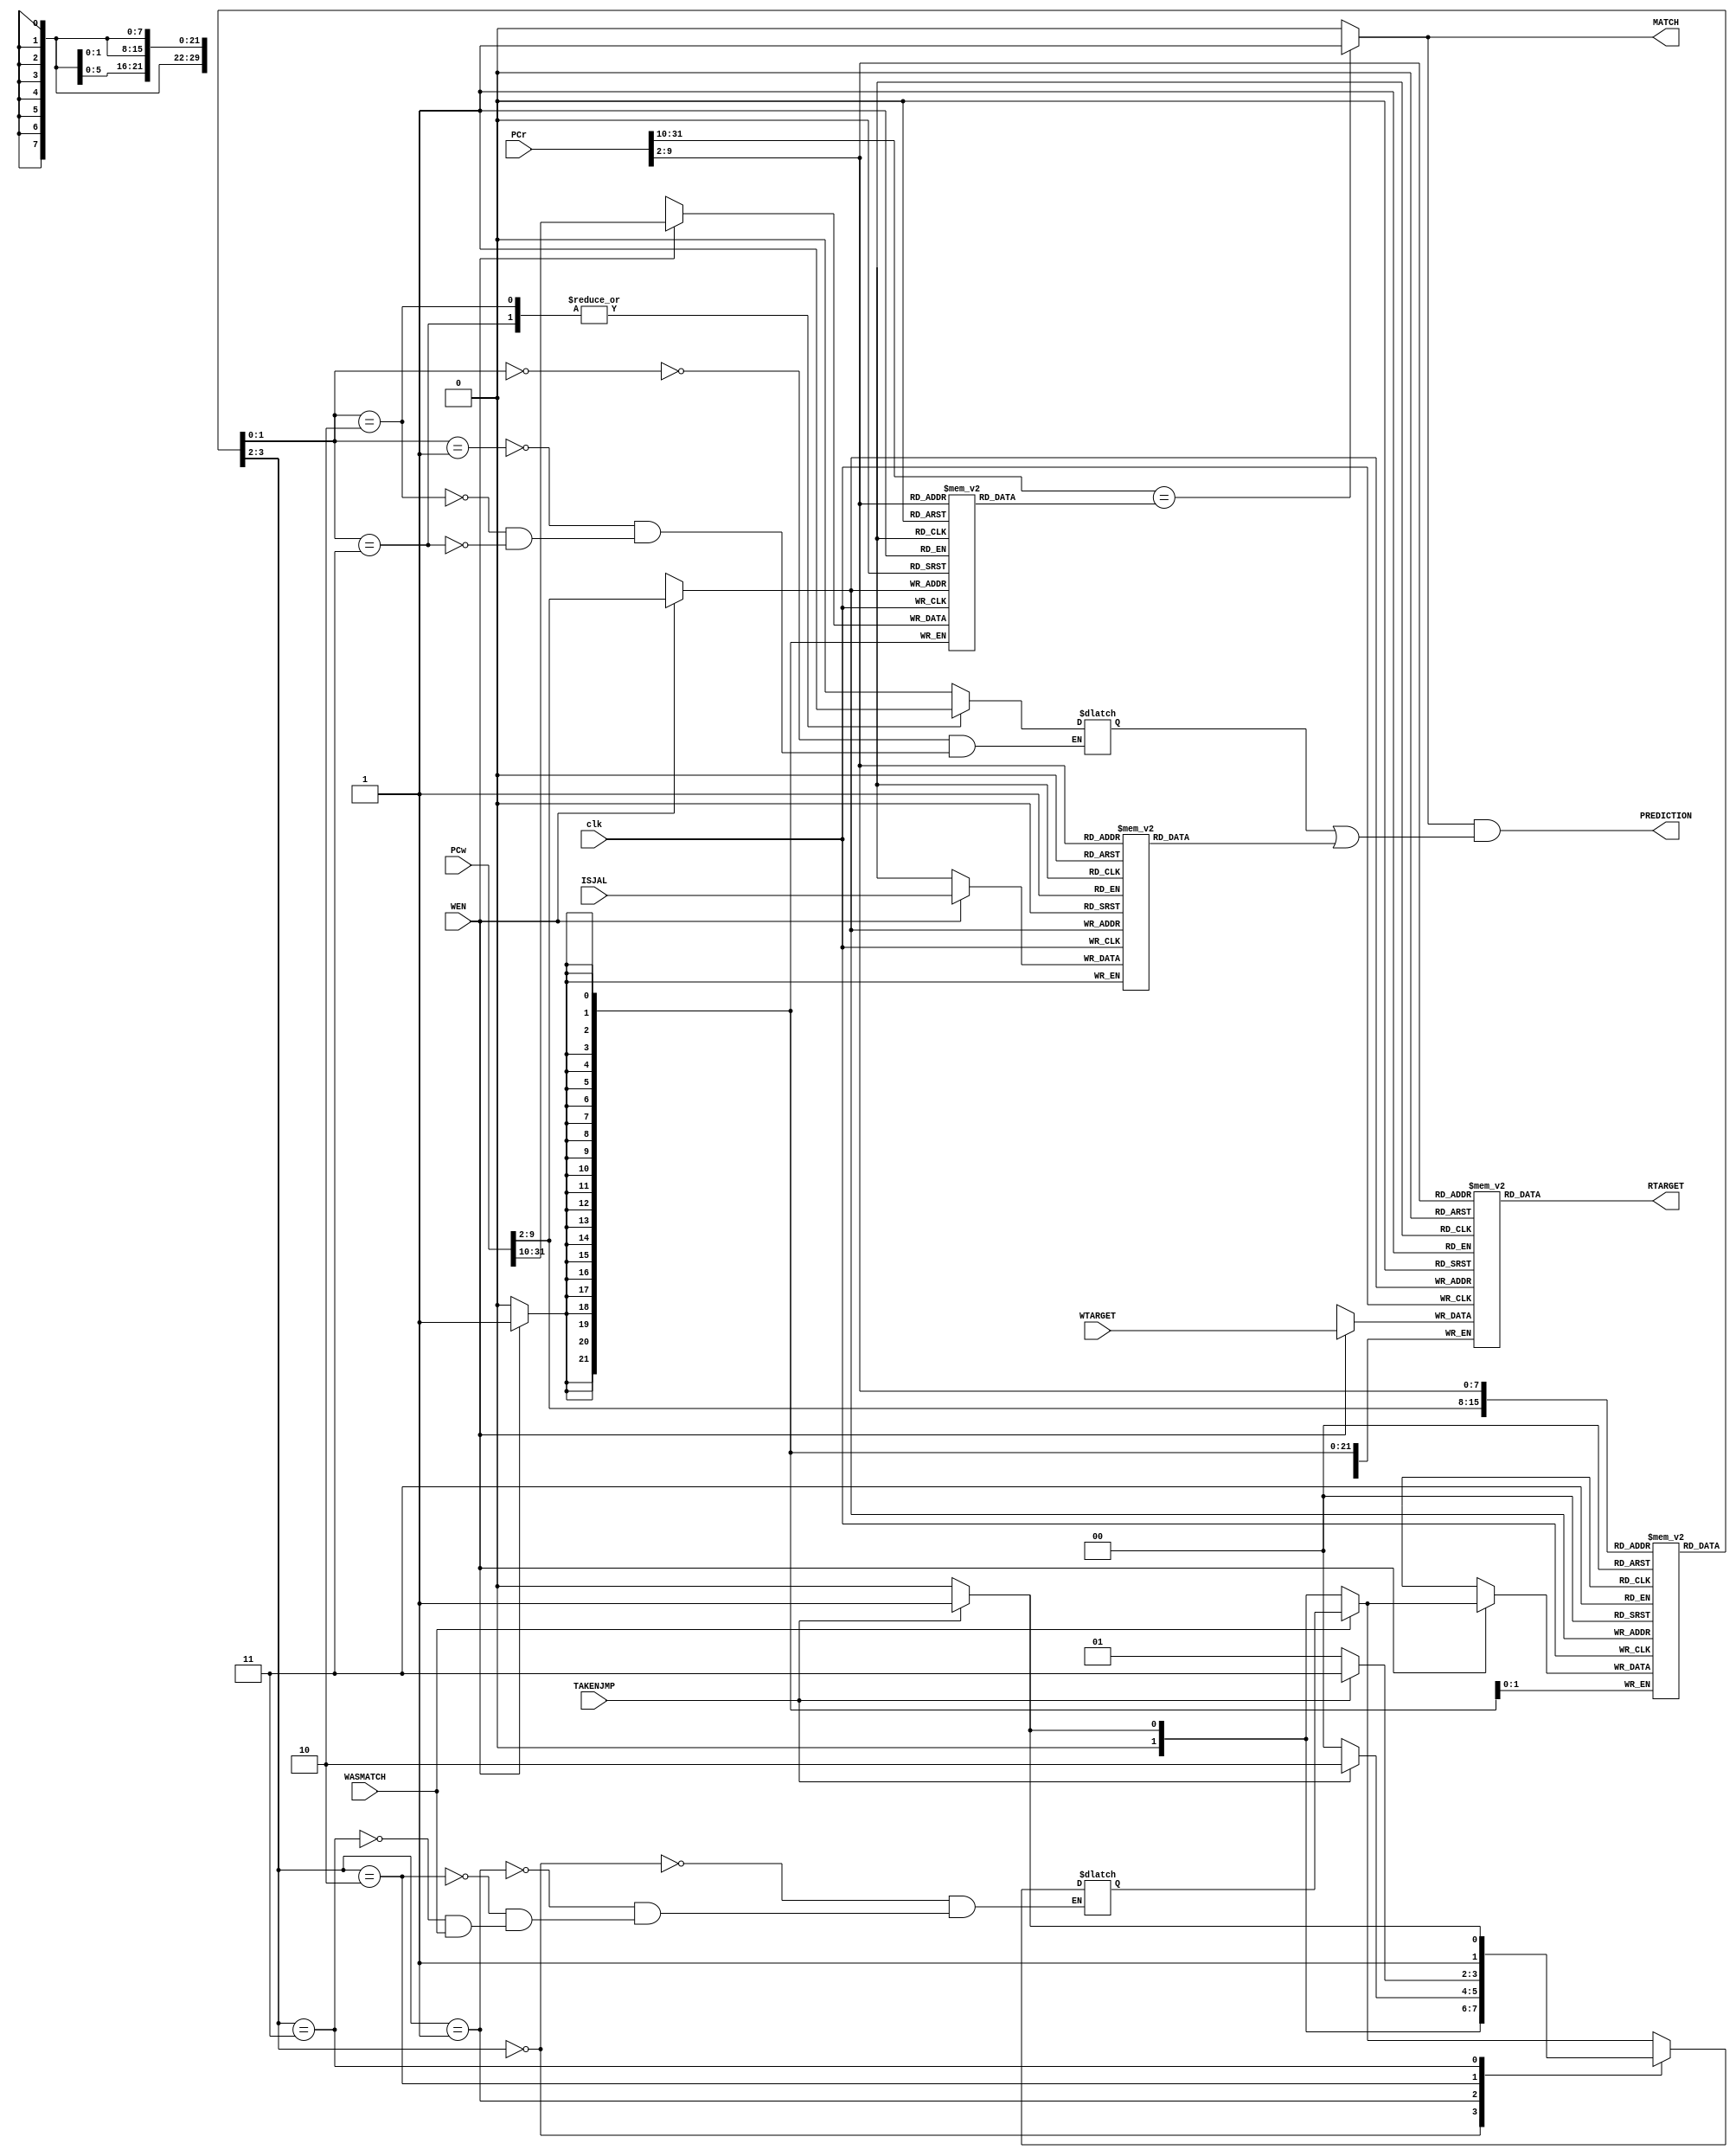
/* Generated by Yosys 0.9+3624 (git sha1 UNKNOWN, clang 7.0.1-8+deb10u2 -fPIC -Os) */

module BranchPredictor(clk, ISJAL, WEN, TAKENJMP, WASMATCH, PCr, PCw, WTARGET, RTARGET, PREDICTION, MATCH);
  wire _00_;
  wire [1:0] _01_;
  wire _02_;
  wire [1:0] _03_;
  wire _04_;
  wire [1:0] _05_;
  wire _06_;
  wire [1:0] _07_;
  wire _08_;
  wire [1:0] _09_;
  wire [1:0] _10_;
  wire _11_;
  wire [7679:0] _12_;
  wire [29:0] _13_;
  wire [5631:0] _14_;
  wire [21:0] _15_;
  wire [511:0] _16_;
  wire [1:0] _17_;
  wire [511:0] _18_;
  wire [1:0] _19_;
  wire [255:0] _20_;
  wire _21_;
  wire _22_;
  wire _23_;
  wire _24_;
  wire _25_;
  input ISJAL;
  output MATCH;
  input [31:0] PCr;
  input [31:0] PCw;
  output PREDICTION;
  output [29:0] RTARGET;
  input TAKENJMP;
  input WASMATCH;
  input WEN;
  input [29:0] WTARGET;
  input clk;
  wire [1:0] nextstate;
  wire \predictbranch.vprediction ;
  wire smatch;
  wire spredict;
  reg [29:0] \$mem$\103  [255:0];
  reg [21:0] \$mem$\106  [255:0];
  reg [1:0] \$mem$\110  [255:0];
  reg [0:0] \$mem$\115  [255:0];
  reg [29:0] \103  [255:0];
  always @(posedge clk) begin
    if (WEN) \103 [PCw[9:2]] <= WTARGET;
  end
  assign _13_ = \103 [PCr[9:2]];
  reg [21:0] \106  [255:0];
  always @(posedge clk) begin
    if (WEN) \106 [PCw[9:2]] <= PCw[31:10];
  end
  assign _15_ = \106 [PCr[9:2]];
  reg [1:0] \110  [255:0];
  initial begin
    \110 [0] = 2'h0;
    \110 [1] = 2'h0;
    \110 [2] = 2'h0;
    \110 [3] = 2'h0;
    \110 [4] = 2'h0;
    \110 [5] = 2'h0;
    \110 [6] = 2'h0;
    \110 [7] = 2'h0;
    \110 [8] = 2'h0;
    \110 [9] = 2'h0;
    \110 [10] = 2'h0;
    \110 [11] = 2'h0;
    \110 [12] = 2'h0;
    \110 [13] = 2'h0;
    \110 [14] = 2'h0;
    \110 [15] = 2'h0;
    \110 [16] = 2'h0;
    \110 [17] = 2'h0;
    \110 [18] = 2'h0;
    \110 [19] = 2'h0;
    \110 [20] = 2'h0;
    \110 [21] = 2'h0;
    \110 [22] = 2'h0;
    \110 [23] = 2'h0;
    \110 [24] = 2'h0;
    \110 [25] = 2'h0;
    \110 [26] = 2'h0;
    \110 [27] = 2'h0;
    \110 [28] = 2'h0;
    \110 [29] = 2'h0;
    \110 [30] = 2'h0;
    \110 [31] = 2'h0;
    \110 [32] = 2'h0;
    \110 [33] = 2'h0;
    \110 [34] = 2'h0;
    \110 [35] = 2'h0;
    \110 [36] = 2'h0;
    \110 [37] = 2'h0;
    \110 [38] = 2'h0;
    \110 [39] = 2'h0;
    \110 [40] = 2'h0;
    \110 [41] = 2'h0;
    \110 [42] = 2'h0;
    \110 [43] = 2'h0;
    \110 [44] = 2'h0;
    \110 [45] = 2'h0;
    \110 [46] = 2'h0;
    \110 [47] = 2'h0;
    \110 [48] = 2'h0;
    \110 [49] = 2'h0;
    \110 [50] = 2'h0;
    \110 [51] = 2'h0;
    \110 [52] = 2'h0;
    \110 [53] = 2'h0;
    \110 [54] = 2'h0;
    \110 [55] = 2'h0;
    \110 [56] = 2'h0;
    \110 [57] = 2'h0;
    \110 [58] = 2'h0;
    \110 [59] = 2'h0;
    \110 [60] = 2'h0;
    \110 [61] = 2'h0;
    \110 [62] = 2'h0;
    \110 [63] = 2'h0;
    \110 [64] = 2'h0;
    \110 [65] = 2'h0;
    \110 [66] = 2'h0;
    \110 [67] = 2'h0;
    \110 [68] = 2'h0;
    \110 [69] = 2'h0;
    \110 [70] = 2'h0;
    \110 [71] = 2'h0;
    \110 [72] = 2'h0;
    \110 [73] = 2'h0;
    \110 [74] = 2'h0;
    \110 [75] = 2'h0;
    \110 [76] = 2'h0;
    \110 [77] = 2'h0;
    \110 [78] = 2'h0;
    \110 [79] = 2'h0;
    \110 [80] = 2'h0;
    \110 [81] = 2'h0;
    \110 [82] = 2'h0;
    \110 [83] = 2'h0;
    \110 [84] = 2'h0;
    \110 [85] = 2'h0;
    \110 [86] = 2'h0;
    \110 [87] = 2'h0;
    \110 [88] = 2'h0;
    \110 [89] = 2'h0;
    \110 [90] = 2'h0;
    \110 [91] = 2'h0;
    \110 [92] = 2'h0;
    \110 [93] = 2'h0;
    \110 [94] = 2'h0;
    \110 [95] = 2'h0;
    \110 [96] = 2'h0;
    \110 [97] = 2'h0;
    \110 [98] = 2'h0;
    \110 [99] = 2'h0;
    \110 [100] = 2'h0;
    \110 [101] = 2'h0;
    \110 [102] = 2'h0;
    \110 [103] = 2'h0;
    \110 [104] = 2'h0;
    \110 [105] = 2'h0;
    \110 [106] = 2'h0;
    \110 [107] = 2'h0;
    \110 [108] = 2'h0;
    \110 [109] = 2'h0;
    \110 [110] = 2'h0;
    \110 [111] = 2'h0;
    \110 [112] = 2'h0;
    \110 [113] = 2'h0;
    \110 [114] = 2'h0;
    \110 [115] = 2'h0;
    \110 [116] = 2'h0;
    \110 [117] = 2'h0;
    \110 [118] = 2'h0;
    \110 [119] = 2'h0;
    \110 [120] = 2'h0;
    \110 [121] = 2'h0;
    \110 [122] = 2'h0;
    \110 [123] = 2'h0;
    \110 [124] = 2'h0;
    \110 [125] = 2'h0;
    \110 [126] = 2'h0;
    \110 [127] = 2'h0;
    \110 [128] = 2'h0;
    \110 [129] = 2'h0;
    \110 [130] = 2'h0;
    \110 [131] = 2'h0;
    \110 [132] = 2'h0;
    \110 [133] = 2'h0;
    \110 [134] = 2'h0;
    \110 [135] = 2'h0;
    \110 [136] = 2'h0;
    \110 [137] = 2'h0;
    \110 [138] = 2'h0;
    \110 [139] = 2'h0;
    \110 [140] = 2'h0;
    \110 [141] = 2'h0;
    \110 [142] = 2'h0;
    \110 [143] = 2'h0;
    \110 [144] = 2'h0;
    \110 [145] = 2'h0;
    \110 [146] = 2'h0;
    \110 [147] = 2'h0;
    \110 [148] = 2'h0;
    \110 [149] = 2'h0;
    \110 [150] = 2'h0;
    \110 [151] = 2'h0;
    \110 [152] = 2'h0;
    \110 [153] = 2'h0;
    \110 [154] = 2'h0;
    \110 [155] = 2'h0;
    \110 [156] = 2'h0;
    \110 [157] = 2'h0;
    \110 [158] = 2'h0;
    \110 [159] = 2'h0;
    \110 [160] = 2'h0;
    \110 [161] = 2'h0;
    \110 [162] = 2'h0;
    \110 [163] = 2'h0;
    \110 [164] = 2'h0;
    \110 [165] = 2'h0;
    \110 [166] = 2'h0;
    \110 [167] = 2'h0;
    \110 [168] = 2'h0;
    \110 [169] = 2'h0;
    \110 [170] = 2'h0;
    \110 [171] = 2'h0;
    \110 [172] = 2'h0;
    \110 [173] = 2'h0;
    \110 [174] = 2'h0;
    \110 [175] = 2'h0;
    \110 [176] = 2'h0;
    \110 [177] = 2'h0;
    \110 [178] = 2'h0;
    \110 [179] = 2'h0;
    \110 [180] = 2'h0;
    \110 [181] = 2'h0;
    \110 [182] = 2'h0;
    \110 [183] = 2'h0;
    \110 [184] = 2'h0;
    \110 [185] = 2'h0;
    \110 [186] = 2'h0;
    \110 [187] = 2'h0;
    \110 [188] = 2'h0;
    \110 [189] = 2'h0;
    \110 [190] = 2'h0;
    \110 [191] = 2'h0;
    \110 [192] = 2'h0;
    \110 [193] = 2'h0;
    \110 [194] = 2'h0;
    \110 [195] = 2'h0;
    \110 [196] = 2'h0;
    \110 [197] = 2'h0;
    \110 [198] = 2'h0;
    \110 [199] = 2'h0;
    \110 [200] = 2'h0;
    \110 [201] = 2'h0;
    \110 [202] = 2'h0;
    \110 [203] = 2'h0;
    \110 [204] = 2'h0;
    \110 [205] = 2'h0;
    \110 [206] = 2'h0;
    \110 [207] = 2'h0;
    \110 [208] = 2'h0;
    \110 [209] = 2'h0;
    \110 [210] = 2'h0;
    \110 [211] = 2'h0;
    \110 [212] = 2'h0;
    \110 [213] = 2'h0;
    \110 [214] = 2'h0;
    \110 [215] = 2'h0;
    \110 [216] = 2'h0;
    \110 [217] = 2'h0;
    \110 [218] = 2'h0;
    \110 [219] = 2'h0;
    \110 [220] = 2'h0;
    \110 [221] = 2'h0;
    \110 [222] = 2'h0;
    \110 [223] = 2'h0;
    \110 [224] = 2'h0;
    \110 [225] = 2'h0;
    \110 [226] = 2'h0;
    \110 [227] = 2'h0;
    \110 [228] = 2'h0;
    \110 [229] = 2'h0;
    \110 [230] = 2'h0;
    \110 [231] = 2'h0;
    \110 [232] = 2'h0;
    \110 [233] = 2'h0;
    \110 [234] = 2'h0;
    \110 [235] = 2'h0;
    \110 [236] = 2'h0;
    \110 [237] = 2'h0;
    \110 [238] = 2'h0;
    \110 [239] = 2'h0;
    \110 [240] = 2'h0;
    \110 [241] = 2'h0;
    \110 [242] = 2'h0;
    \110 [243] = 2'h0;
    \110 [244] = 2'h0;
    \110 [245] = 2'h0;
    \110 [246] = 2'h0;
    \110 [247] = 2'h0;
    \110 [248] = 2'h0;
    \110 [249] = 2'h0;
    \110 [250] = 2'h0;
    \110 [251] = 2'h0;
    \110 [252] = 2'h0;
    \110 [253] = 2'h0;
    \110 [254] = 2'h0;
    \110 [255] = 2'h0;
  end
  always @(posedge clk) begin
    if (WEN) \110 [PCw[9:2]] <= nextstate;
  end
  assign _17_ = \110 [PCw[9:2]];
  assign _19_ = \110 [PCr[9:2]];
  reg [0:0] \115  [255:0];
  initial begin
    \115 [0] = 1'h0;
    \115 [1] = 1'h0;
    \115 [2] = 1'h0;
    \115 [3] = 1'h0;
    \115 [4] = 1'h0;
    \115 [5] = 1'h0;
    \115 [6] = 1'h0;
    \115 [7] = 1'h0;
    \115 [8] = 1'h0;
    \115 [9] = 1'h0;
    \115 [10] = 1'h0;
    \115 [11] = 1'h0;
    \115 [12] = 1'h0;
    \115 [13] = 1'h0;
    \115 [14] = 1'h0;
    \115 [15] = 1'h0;
    \115 [16] = 1'h0;
    \115 [17] = 1'h0;
    \115 [18] = 1'h0;
    \115 [19] = 1'h0;
    \115 [20] = 1'h0;
    \115 [21] = 1'h0;
    \115 [22] = 1'h0;
    \115 [23] = 1'h0;
    \115 [24] = 1'h0;
    \115 [25] = 1'h0;
    \115 [26] = 1'h0;
    \115 [27] = 1'h0;
    \115 [28] = 1'h0;
    \115 [29] = 1'h0;
    \115 [30] = 1'h0;
    \115 [31] = 1'h0;
    \115 [32] = 1'h0;
    \115 [33] = 1'h0;
    \115 [34] = 1'h0;
    \115 [35] = 1'h0;
    \115 [36] = 1'h0;
    \115 [37] = 1'h0;
    \115 [38] = 1'h0;
    \115 [39] = 1'h0;
    \115 [40] = 1'h0;
    \115 [41] = 1'h0;
    \115 [42] = 1'h0;
    \115 [43] = 1'h0;
    \115 [44] = 1'h0;
    \115 [45] = 1'h0;
    \115 [46] = 1'h0;
    \115 [47] = 1'h0;
    \115 [48] = 1'h0;
    \115 [49] = 1'h0;
    \115 [50] = 1'h0;
    \115 [51] = 1'h0;
    \115 [52] = 1'h0;
    \115 [53] = 1'h0;
    \115 [54] = 1'h0;
    \115 [55] = 1'h0;
    \115 [56] = 1'h0;
    \115 [57] = 1'h0;
    \115 [58] = 1'h0;
    \115 [59] = 1'h0;
    \115 [60] = 1'h0;
    \115 [61] = 1'h0;
    \115 [62] = 1'h0;
    \115 [63] = 1'h0;
    \115 [64] = 1'h0;
    \115 [65] = 1'h0;
    \115 [66] = 1'h0;
    \115 [67] = 1'h0;
    \115 [68] = 1'h0;
    \115 [69] = 1'h0;
    \115 [70] = 1'h0;
    \115 [71] = 1'h0;
    \115 [72] = 1'h0;
    \115 [73] = 1'h0;
    \115 [74] = 1'h0;
    \115 [75] = 1'h0;
    \115 [76] = 1'h0;
    \115 [77] = 1'h0;
    \115 [78] = 1'h0;
    \115 [79] = 1'h0;
    \115 [80] = 1'h0;
    \115 [81] = 1'h0;
    \115 [82] = 1'h0;
    \115 [83] = 1'h0;
    \115 [84] = 1'h0;
    \115 [85] = 1'h0;
    \115 [86] = 1'h0;
    \115 [87] = 1'h0;
    \115 [88] = 1'h0;
    \115 [89] = 1'h0;
    \115 [90] = 1'h0;
    \115 [91] = 1'h0;
    \115 [92] = 1'h0;
    \115 [93] = 1'h0;
    \115 [94] = 1'h0;
    \115 [95] = 1'h0;
    \115 [96] = 1'h0;
    \115 [97] = 1'h0;
    \115 [98] = 1'h0;
    \115 [99] = 1'h0;
    \115 [100] = 1'h0;
    \115 [101] = 1'h0;
    \115 [102] = 1'h0;
    \115 [103] = 1'h0;
    \115 [104] = 1'h0;
    \115 [105] = 1'h0;
    \115 [106] = 1'h0;
    \115 [107] = 1'h0;
    \115 [108] = 1'h0;
    \115 [109] = 1'h0;
    \115 [110] = 1'h0;
    \115 [111] = 1'h0;
    \115 [112] = 1'h0;
    \115 [113] = 1'h0;
    \115 [114] = 1'h0;
    \115 [115] = 1'h0;
    \115 [116] = 1'h0;
    \115 [117] = 1'h0;
    \115 [118] = 1'h0;
    \115 [119] = 1'h0;
    \115 [120] = 1'h0;
    \115 [121] = 1'h0;
    \115 [122] = 1'h0;
    \115 [123] = 1'h0;
    \115 [124] = 1'h0;
    \115 [125] = 1'h0;
    \115 [126] = 1'h0;
    \115 [127] = 1'h0;
    \115 [128] = 1'h0;
    \115 [129] = 1'h0;
    \115 [130] = 1'h0;
    \115 [131] = 1'h0;
    \115 [132] = 1'h0;
    \115 [133] = 1'h0;
    \115 [134] = 1'h0;
    \115 [135] = 1'h0;
    \115 [136] = 1'h0;
    \115 [137] = 1'h0;
    \115 [138] = 1'h0;
    \115 [139] = 1'h0;
    \115 [140] = 1'h0;
    \115 [141] = 1'h0;
    \115 [142] = 1'h0;
    \115 [143] = 1'h0;
    \115 [144] = 1'h0;
    \115 [145] = 1'h0;
    \115 [146] = 1'h0;
    \115 [147] = 1'h0;
    \115 [148] = 1'h0;
    \115 [149] = 1'h0;
    \115 [150] = 1'h0;
    \115 [151] = 1'h0;
    \115 [152] = 1'h0;
    \115 [153] = 1'h0;
    \115 [154] = 1'h0;
    \115 [155] = 1'h0;
    \115 [156] = 1'h0;
    \115 [157] = 1'h0;
    \115 [158] = 1'h0;
    \115 [159] = 1'h0;
    \115 [160] = 1'h0;
    \115 [161] = 1'h0;
    \115 [162] = 1'h0;
    \115 [163] = 1'h0;
    \115 [164] = 1'h0;
    \115 [165] = 1'h0;
    \115 [166] = 1'h0;
    \115 [167] = 1'h0;
    \115 [168] = 1'h0;
    \115 [169] = 1'h0;
    \115 [170] = 1'h0;
    \115 [171] = 1'h0;
    \115 [172] = 1'h0;
    \115 [173] = 1'h0;
    \115 [174] = 1'h0;
    \115 [175] = 1'h0;
    \115 [176] = 1'h0;
    \115 [177] = 1'h0;
    \115 [178] = 1'h0;
    \115 [179] = 1'h0;
    \115 [180] = 1'h0;
    \115 [181] = 1'h0;
    \115 [182] = 1'h0;
    \115 [183] = 1'h0;
    \115 [184] = 1'h0;
    \115 [185] = 1'h0;
    \115 [186] = 1'h0;
    \115 [187] = 1'h0;
    \115 [188] = 1'h0;
    \115 [189] = 1'h0;
    \115 [190] = 1'h0;
    \115 [191] = 1'h0;
    \115 [192] = 1'h0;
    \115 [193] = 1'h0;
    \115 [194] = 1'h0;
    \115 [195] = 1'h0;
    \115 [196] = 1'h0;
    \115 [197] = 1'h0;
    \115 [198] = 1'h0;
    \115 [199] = 1'h0;
    \115 [200] = 1'h0;
    \115 [201] = 1'h0;
    \115 [202] = 1'h0;
    \115 [203] = 1'h0;
    \115 [204] = 1'h0;
    \115 [205] = 1'h0;
    \115 [206] = 1'h0;
    \115 [207] = 1'h0;
    \115 [208] = 1'h0;
    \115 [209] = 1'h0;
    \115 [210] = 1'h0;
    \115 [211] = 1'h0;
    \115 [212] = 1'h0;
    \115 [213] = 1'h0;
    \115 [214] = 1'h0;
    \115 [215] = 1'h0;
    \115 [216] = 1'h0;
    \115 [217] = 1'h0;
    \115 [218] = 1'h0;
    \115 [219] = 1'h0;
    \115 [220] = 1'h0;
    \115 [221] = 1'h0;
    \115 [222] = 1'h0;
    \115 [223] = 1'h0;
    \115 [224] = 1'h0;
    \115 [225] = 1'h0;
    \115 [226] = 1'h0;
    \115 [227] = 1'h0;
    \115 [228] = 1'h0;
    \115 [229] = 1'h0;
    \115 [230] = 1'h0;
    \115 [231] = 1'h0;
    \115 [232] = 1'h0;
    \115 [233] = 1'h0;
    \115 [234] = 1'h0;
    \115 [235] = 1'h0;
    \115 [236] = 1'h0;
    \115 [237] = 1'h0;
    \115 [238] = 1'h0;
    \115 [239] = 1'h0;
    \115 [240] = 1'h0;
    \115 [241] = 1'h0;
    \115 [242] = 1'h0;
    \115 [243] = 1'h0;
    \115 [244] = 1'h0;
    \115 [245] = 1'h0;
    \115 [246] = 1'h0;
    \115 [247] = 1'h0;
    \115 [248] = 1'h0;
    \115 [249] = 1'h0;
    \115 [250] = 1'h0;
    \115 [251] = 1'h0;
    \115 [252] = 1'h0;
    \115 [253] = 1'h0;
    \115 [254] = 1'h0;
    \115 [255] = 1'h0;
  end
  always @(posedge clk) begin
    if (WEN) \115 [PCw[9:2]] <= ISJAL;
  end
  assign _21_ = \115 [PCr[9:2]];
  assign _00_ = smatch & spredict;
  assign _11_ = PCr[31:10] == _15_;
  assign smatch = _11_ ? 1'h1 : 1'h0;
  assign _22_ = _19_ == 2'h0;
  assign _23_ = _19_ == 2'h1;
  assign _24_ = _19_ == 2'h2;
  assign _25_ = _19_ == 2'h3;
  function [0:0] \40 ;
    input [0:0] a;
    input [3:0] b;
    input [3:0] s;
    (* parallel_case *)
    casez (s)
      4'b???1:
        \40  = b[0:0];
      4'b??1?:
        \40  = b[1:1];
      4'b?1??:
        \40  = b[2:2];
      4'b1???:
        \40  = b[3:3];
      default:
        \40  = a;
    endcase
  endfunction
  assign \predictbranch.vprediction  = \40 (\predictbranch.vprediction , 4'hc, { _25_, _24_, _23_, _22_ });
  assign spredict = \predictbranch.vprediction  | _21_;
  assign _01_ = TAKENJMP ? 2'h1 : 2'h0;
  assign _02_ = _17_ == 2'h0;
  assign _03_ = TAKENJMP ? 2'h2 : 2'h0;
  assign _04_ = _17_ == 2'h1;
  assign _05_ = TAKENJMP ? 2'h3 : 2'h1;
  assign _06_ = _17_ == 2'h2;
  assign _07_ = TAKENJMP ? 2'h3 : 2'h2;
  assign _08_ = _17_ == 2'h3;
  function [1:0] \70 ;
    input [1:0] a;
    input [7:0] b;
    input [3:0] s;
    (* parallel_case *)
    casez (s)
      4'b???1:
        \70  = b[1:0];
      4'b??1?:
        \70  = b[3:2];
      4'b?1??:
        \70  = b[5:4];
      4'b1???:
        \70  = b[7:6];
      default:
        \70  = a;
    endcase
  endfunction
  assign _09_ = \70 (nextstate, { _07_, _05_, _03_, _01_ }, { _08_, _06_, _04_, _02_ });
  assign _10_ = TAKENJMP ? 2'h1 : 2'h0;
  assign nextstate = WASMATCH ? _09_ : _10_;
  assign RTARGET = _13_;
  assign PREDICTION = _00_;
  assign MATCH = smatch;
endmodule